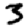
Digit: 3